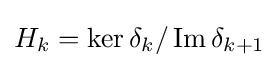
H_{k}=\ker \delta _{k}/\operatorname {Im} \delta _{k+1}